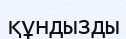
құндызды